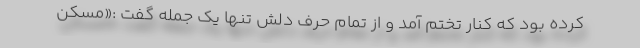
کرده بود که کنار تختم آمد و از تمام حرف دلش تنها یک جمله گفت :«مسکّن